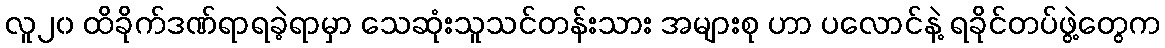
လူ၂၀ ထိခိုက်ဒဏ်ရာရခဲ့ရာမှာ သေဆုံးသူသင်တန်းသား အများစု ဟာ ပလောင်နဲ့ ရခိုင်တပ်ဖွဲ့တွေက